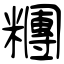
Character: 糰